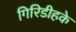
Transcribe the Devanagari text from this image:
गिरिडीहके